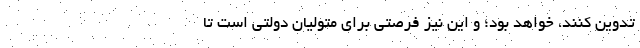
تدوین کنند، خواهد بود؛ و این نیز فرصتی برای متولیان دولتی است تا